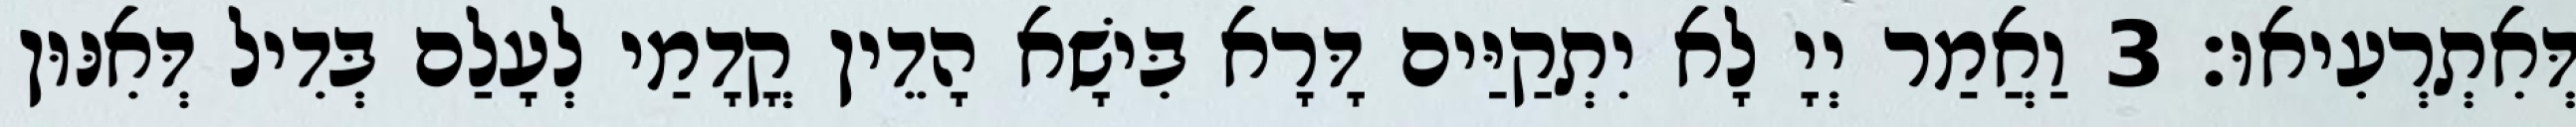
דְּאִתְרְעִיאוּ׃ 3 וַאֲמַר יְיָ לָא יִתְקַיַּים דָּרָא בִּישָׁא הָדֵין קֳדָמַי לְעָלַם בְּדִיל דְּאִנּוּן